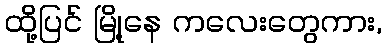
ထို့ပြင် မြို့နေ ကလေးတွေကား,